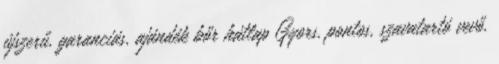
újszerű, garanciás, ajándék bőr hátlap Gyors, pontos, szavatartó vevő.